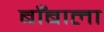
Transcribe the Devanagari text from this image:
बाँबाला